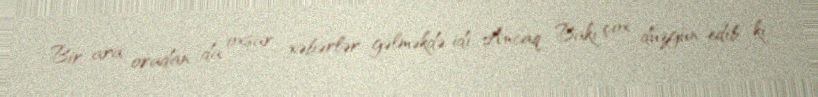
Bir ara oradan da oxşar xəbərlər gəlməkdə idi. Ancaq Bakı çox düzgün edib ki,